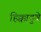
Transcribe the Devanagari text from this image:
हिक्कादुवे